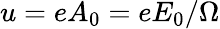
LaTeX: u=eA_{0}=eE_{0}/\Omega